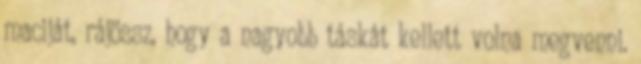
maciját, rájössz, hogy a nagyobb táskát kellett volna megvenni.